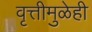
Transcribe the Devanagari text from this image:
वृत्तीमुळेही